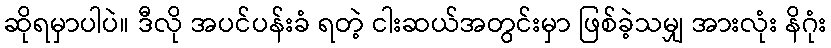
ဆိုရမှာပါပဲ။ ဒီလို အပင်ပန်းခံ ရတဲ့ ငါးဆယ်အတွင်းမှာ ဖြစ်ခဲ့သမျှ အားလုံး နိဂုံး